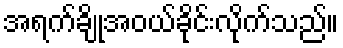
အရက်ချိုအဝယ်ခိုင်းလိုက်သည်။